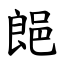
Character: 郒